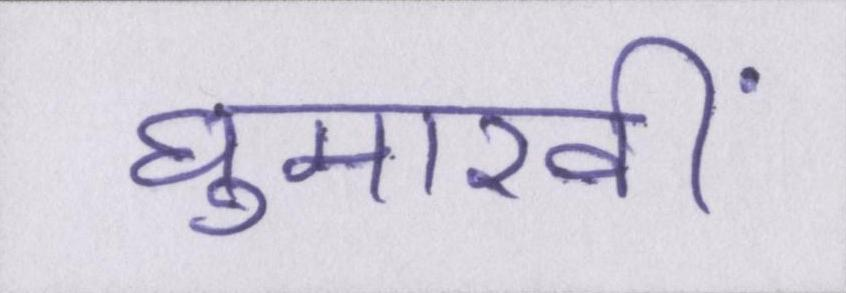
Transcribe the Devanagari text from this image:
घुमारवीं